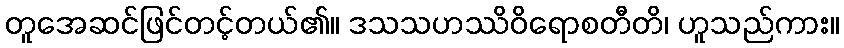
တူအေဆင်ဖြင်တင့်တယ်၏။ ဒသသဟဿိဝိရောစတီတိ၊ ဟူသည်ကား။